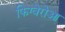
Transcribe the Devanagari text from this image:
फिग्वेरोआ